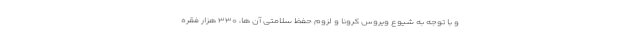
و با توجه به شیوع ویروس کرونا و لزوم حفظ سلامتی آن ها، ۳۳۰ هزار فقره